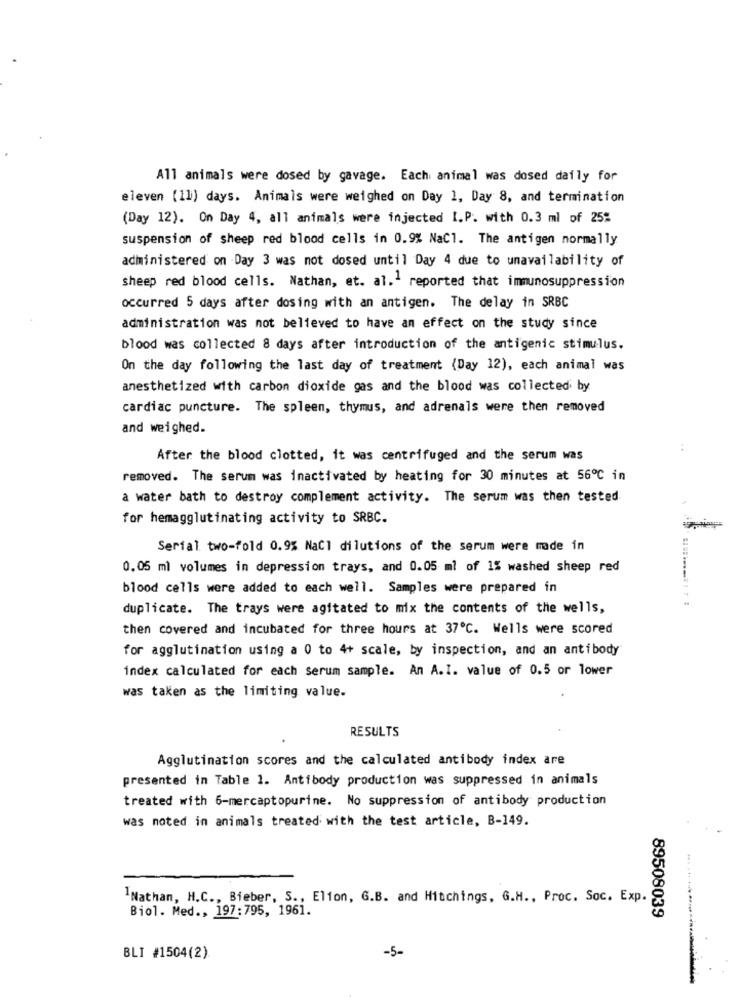
All animals were dosed by gavage. Each animal was dosed daily for
eleven (11) days. Animals were weighed on Day 1, Day 8, and termination
(Day 12). On Day 4, all animals were injected I.P. with 0.3 ml of 25%
suspension of sheep red blood cells in 0.9% NaCl. The antigen normally
administered on Day 3 was not dosed until Day 4 due to unavailability of
sheep red blood cells. Nathan, et. al.1 reported that immunosuppression
occurred 5 days after dosing with an antigen. The delay in SRBC
administration was not believed to have an effect on the study since
blood was collected 8 days after introduction of the antigenic stimulus.
On the day following the last day of treatment (Day 12), each animal was
anesthetized with carbon dioxide gas and the blood was collected by
cardiac puncture. The spleen, thymus, and adrenals were then removed
and weighed.
After the blood clotted, it was centrifuged and the serum was
removed. The serum was inactivated by heating for 30 minutes at 56℃ in
a water bath to destroy complement activity. The serum was then tested.
for hemagglutinating activity to SRBC.
Serial two-fold 0.9% NaCl dilutions of the serum were made in
0.05 ml volumes in depression trays, and 0.05 ml of 1% washed sheep red
blood cells were added to each well. Samples were prepared in
duplicate. The trays were agitated to mix the contents of the wells,
then covered and incubated for three hours at 37℃. Wells were scored
for agglutination using a 0 to 4+ scale, by inspection, and an antibody
index calculated for each serum sample. An A.I. value of 0.5 or lower
was taken as the limiting value.
RESULTS
Agglutination scores and the calculated antibody index are
presented in Table 1. Antibody production was suppressed in animals
treated with 6-mercaptopurine. No suppression of antibody production
was noted in animals treated with the test article, B-149.
Nathan, H.C ., Bieber, S ., Elion, G.B. and Hitchings, G.H ., Proc. Soc. Exp.
Biol. Med ., 197:795, 1961.
89508039
-5-
BLI #1504(2)